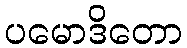
ပမောဒိတော